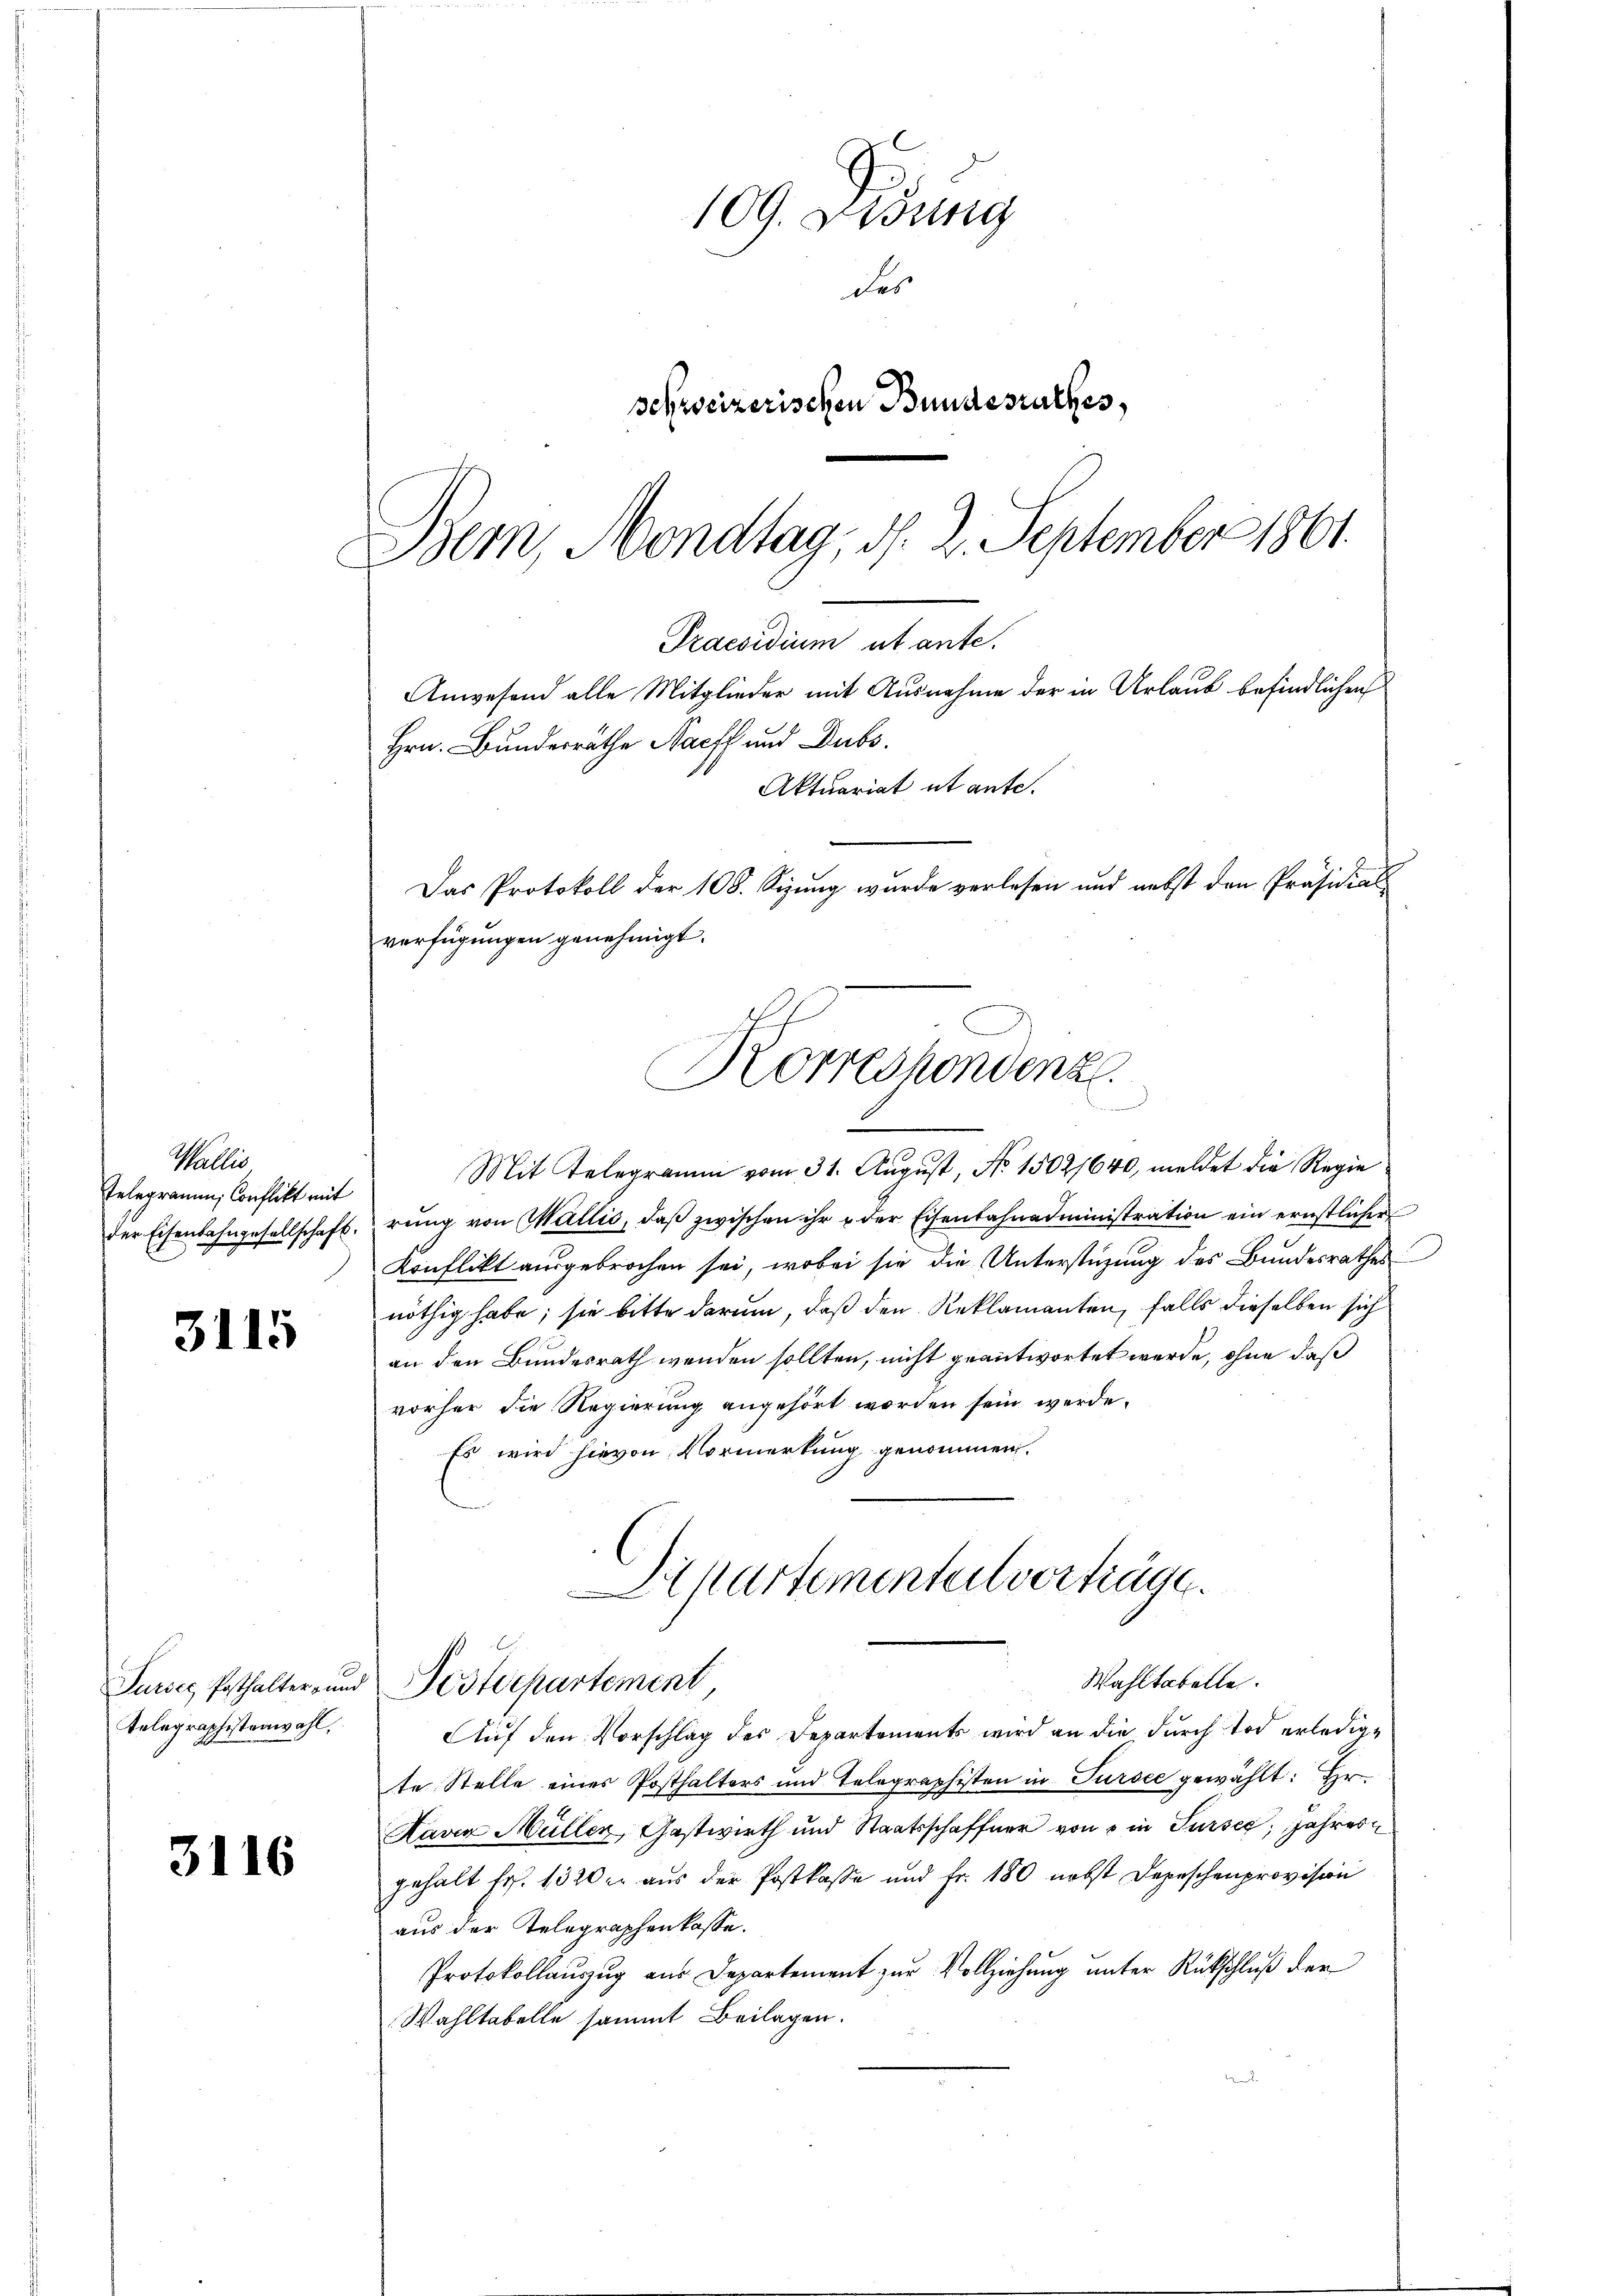
109. Didung
des
schweizerischen Bundesrathes,
Bem, Mondtag, d. 2. September 1861

Praesidium ut ante.
Anwesend alle Mitglieder mit Ausnahme der in Urlaub befindlichen
Hrn. Bunderräthe Nach und Dubs
Aktuariat et ante.
Das Protokoll der 108. Sizung wurde verlesen und nebst den Präsidial
verfügungen genehmigt.
Korrespondenz
e

Mit Telegramm vom 31. August, No 15021640, meldet die Regie
rung von Wallis, daß zwischen ihr u der Eisenbahnadministration ein ernstlichen
Konflikt ausgebrochen sei, wobei sie die Unterstüzung des Bundesrathes
nöthig habe; sie bitte darum, daß den Reklamanten, falls dieselben sich
an den Bundesrath wenden sollten, nicht geantwortet werde, ohne daß
vorher die Regierung angehört worden sein werde.
Es wird hievon Vormerkung genommen.
Auf den Vorschlag des Departements wird an die durch tod erledigte Stelle eines Posthalters und Telegraphisten in Sursee gewählt: Hr
Ravia Müller, Gastwirth und Staatsschaffner von 5 in Sursee, Jahres
gehalt fr. 1320 er aus der Postkasse und fr. 180 nebst Depeschenprovision
aus der Telegraphenkasse.
Protokollauszug aus Departement zur Vollziehung unter Rückschluß der
Wahltabelle sammt Beilagen.

Wallis
Telegramm, Conflikt mit
der Eisenbahngesellschaft.

3115

Apartementalverträge.
Wahltabelle.
Postdepartement

Surses Posthalter- und
Telegraphistenwahl.

3116